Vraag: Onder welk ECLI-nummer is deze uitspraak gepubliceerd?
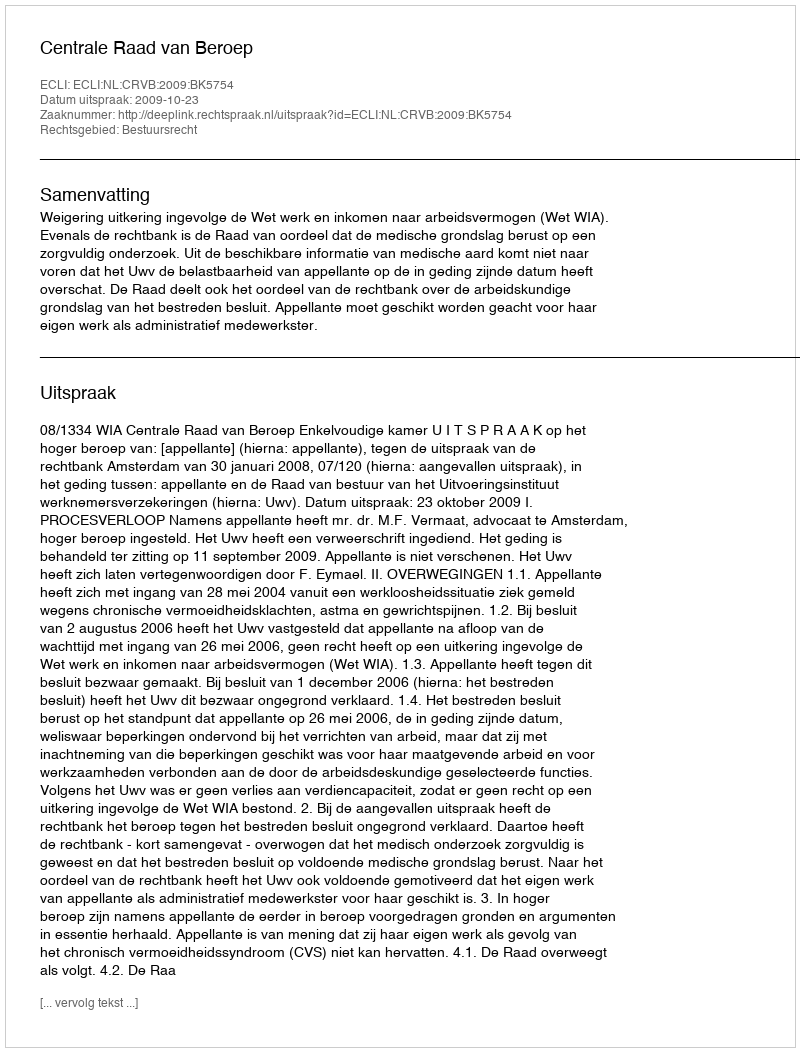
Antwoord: ECLI:NL:CRVB:2009:BK5754